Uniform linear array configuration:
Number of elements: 4
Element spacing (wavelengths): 0.5
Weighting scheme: cosine
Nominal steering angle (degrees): -60
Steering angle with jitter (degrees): -61.371
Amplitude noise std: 0.05
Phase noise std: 0.05

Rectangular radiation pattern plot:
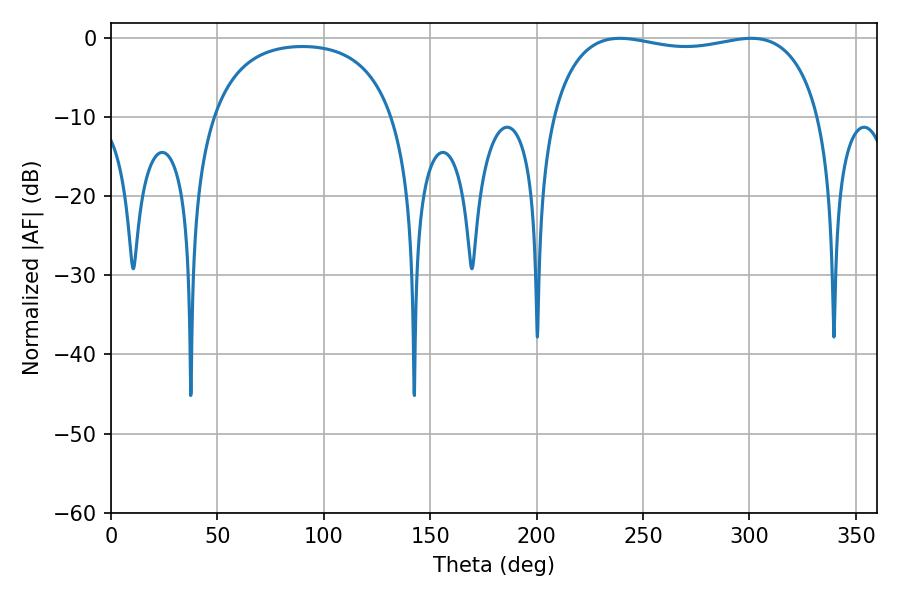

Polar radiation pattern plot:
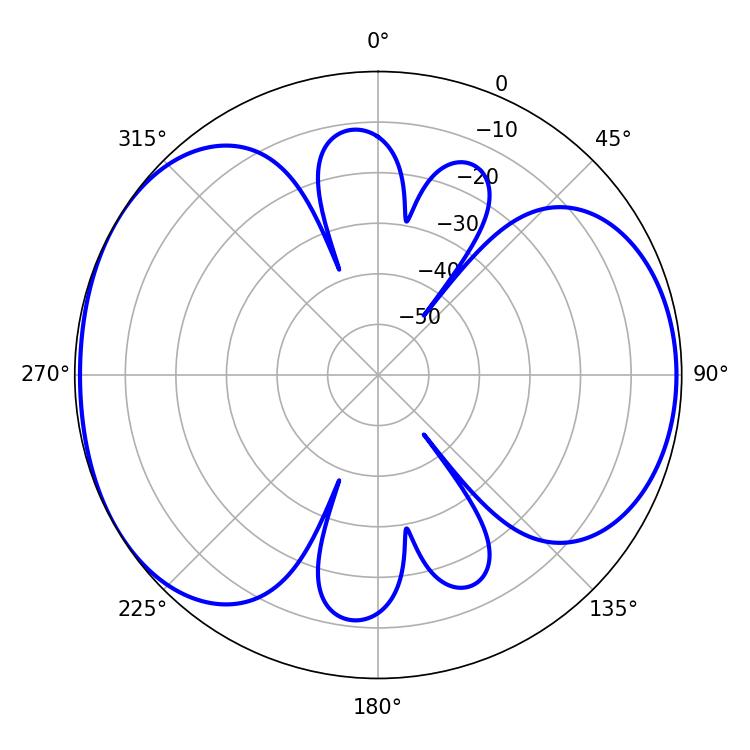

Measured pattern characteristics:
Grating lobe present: FALSE
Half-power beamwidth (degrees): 102.24
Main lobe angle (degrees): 239.22